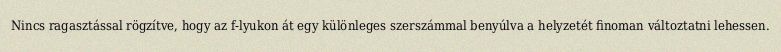
Nincs ragasztással rögzítve, hogy az f-lyukon át egy különleges szerszámmal benyúlva a helyzetét finoman változtatni lehessen.